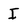
Character: I